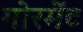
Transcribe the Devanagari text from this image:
गोरमेंट